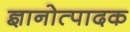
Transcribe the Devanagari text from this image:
ज्ञानोत्पादक